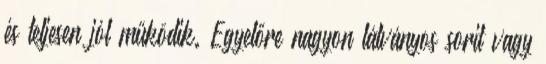
és teljesen jól működik. Egyelőre nagyon látványos sorit vagy